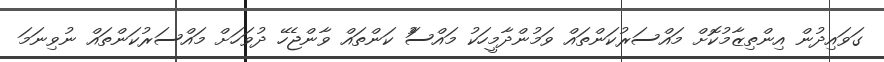
ގަވައިދުން އިންތިޒާމުކޮށް މައްސަރުކަންތައް ވަމުންދާމީހަކު މައްސަެު ކަންތައް ވާންޖެހޭ ދުވަހަށް މައްސަރުކަންތައް ނުވިނަމަ